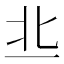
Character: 丠